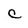
Character: C